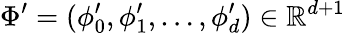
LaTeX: \Phi^{\prime}=(\phi_{0}^{\prime},\phi_{1}^{\prime},\ldots,\phi_{d}^{\prime})\in\mathbb{R}^{d+1}